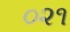
૦૨૧